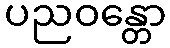
ပညဝန္တော